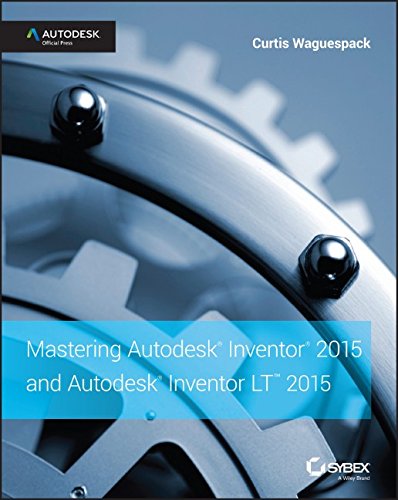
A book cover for Mastering Autodesk Inventor 2015 and Autodesk Inventor LT 2015: Autodesk Official Press; Curtis Waguespack; Engineering & Transportation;